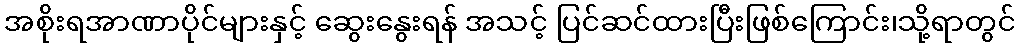
အစိုးရအာဏာပိုင်များနှင့် ဆွေးနွေးရန် အသင့် ပြင်ဆင်ထားပြီးဖြစ်ကြောင်း၊သို့ရာတွင်